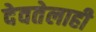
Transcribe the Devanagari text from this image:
देवतेलाही